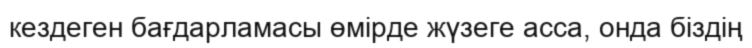
кездеген бағдарламасы өмірде жүзеге асса, онда біздің